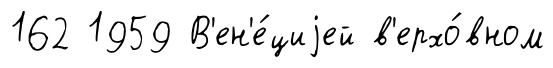
162 1959 В'ен'е́циjей в'ерхо́вном